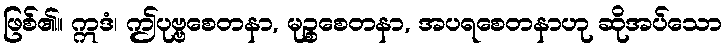
ဖြစ်၏။ ဣဒံ၊ ဤပုဗ္ဗစေတနာ, မုဉ္စစေတနာ, အပရစေတနာဟု ဆိုအပ်သော